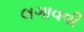
લગાવવી